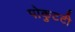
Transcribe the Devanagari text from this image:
पोकुटटी